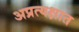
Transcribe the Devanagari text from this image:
अप्रत्यक्षात